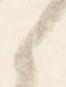
候